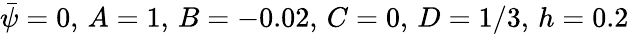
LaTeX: \bar{\psi}=0,\, A=1,\, B=-0.02,\, C=0,\, D=1/3,\, h=0.2